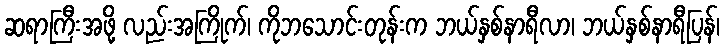
ဆရာကြီးအဖို့ လည်းအကြိုက်၊ ကိုဘသောင်းတုန်းက ဘယ်နှစ်နာရီလာ၊ ဘယ်နှစ်နာရီပြန်၊